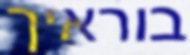
בוראיך